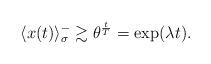
LaTeX: \begin{align*}\langle x(t) \rangle_{\sigma}^- \gtrsim \theta^{\frac{t}{T}} = \exp(\lambda t).\end{align*}